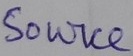
Text: Source